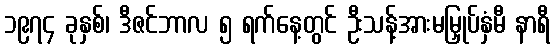
၁၉၇၄ ခုနှစ်၊ ဒီဇင်ဘာလ ၅ ရက်နေ့တွင် ဦးသန့်အားမမြှုပ်နှံမီ နာရီ